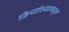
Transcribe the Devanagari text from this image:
क्रियांच्यामधून